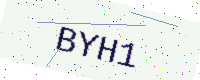
Text: BYH1